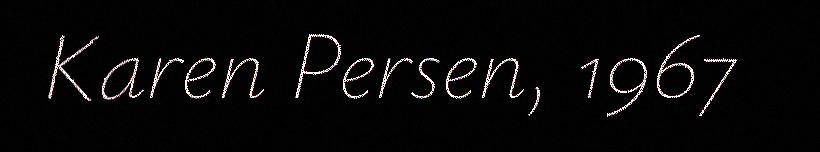
Karen Persen, 1967